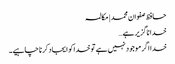
حافظ صفوان محمد | مکالمہ
خدا ناگزیر ہے…
خدا اگر موجود نہیں ہے تو خدا کو ایجاد کرنا چاہیے۔